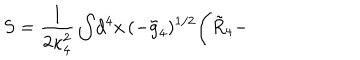
LaTeX: S = \frac { 1 } { 2 \kappa _ { 4 } ^ { 2 } } \int \! d ^ { 4 } x \, ( - \tilde { g } _ { 4 } ) ^ { 1 / 2 } \Biggl ( \tilde { R } _ { 4 } -